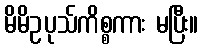
မိမိဥပုသ်ကိစ္စကား မပြီး။